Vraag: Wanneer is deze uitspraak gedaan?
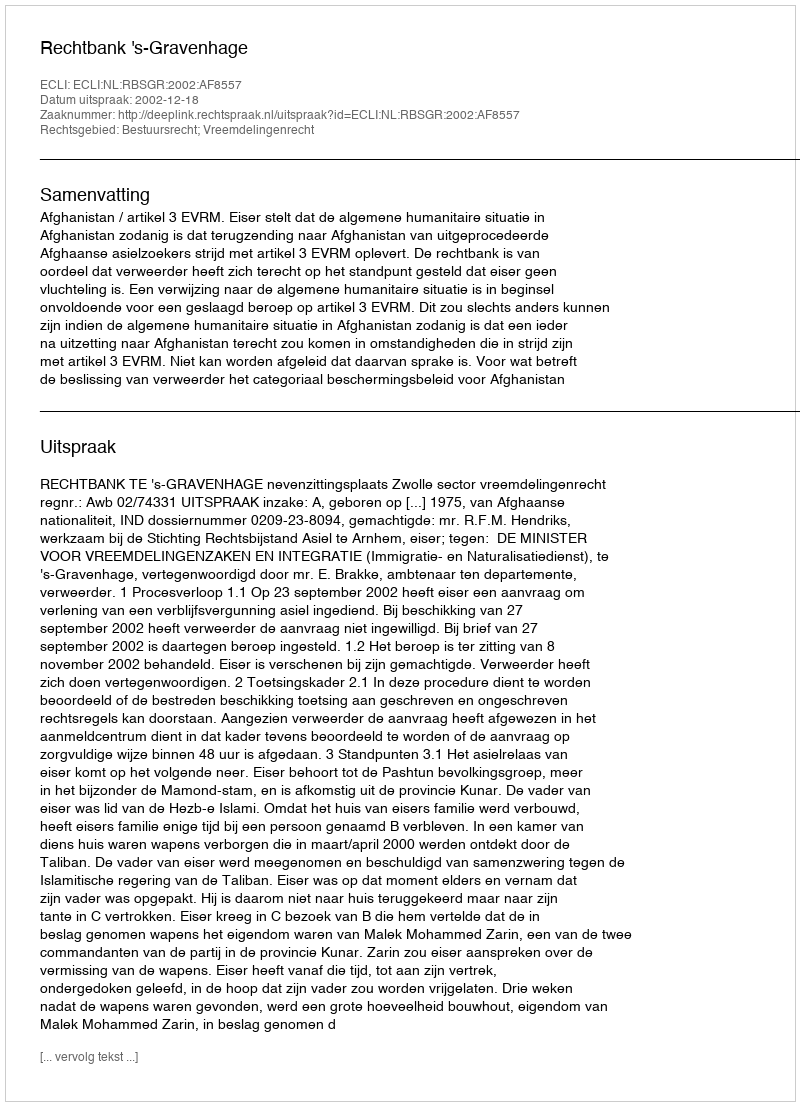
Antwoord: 2002-12-18